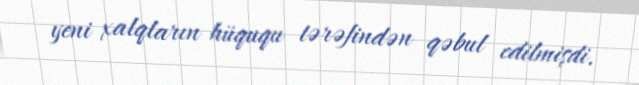
yeni xalqların hüququ tərəfindən qəbul edilmişdi.